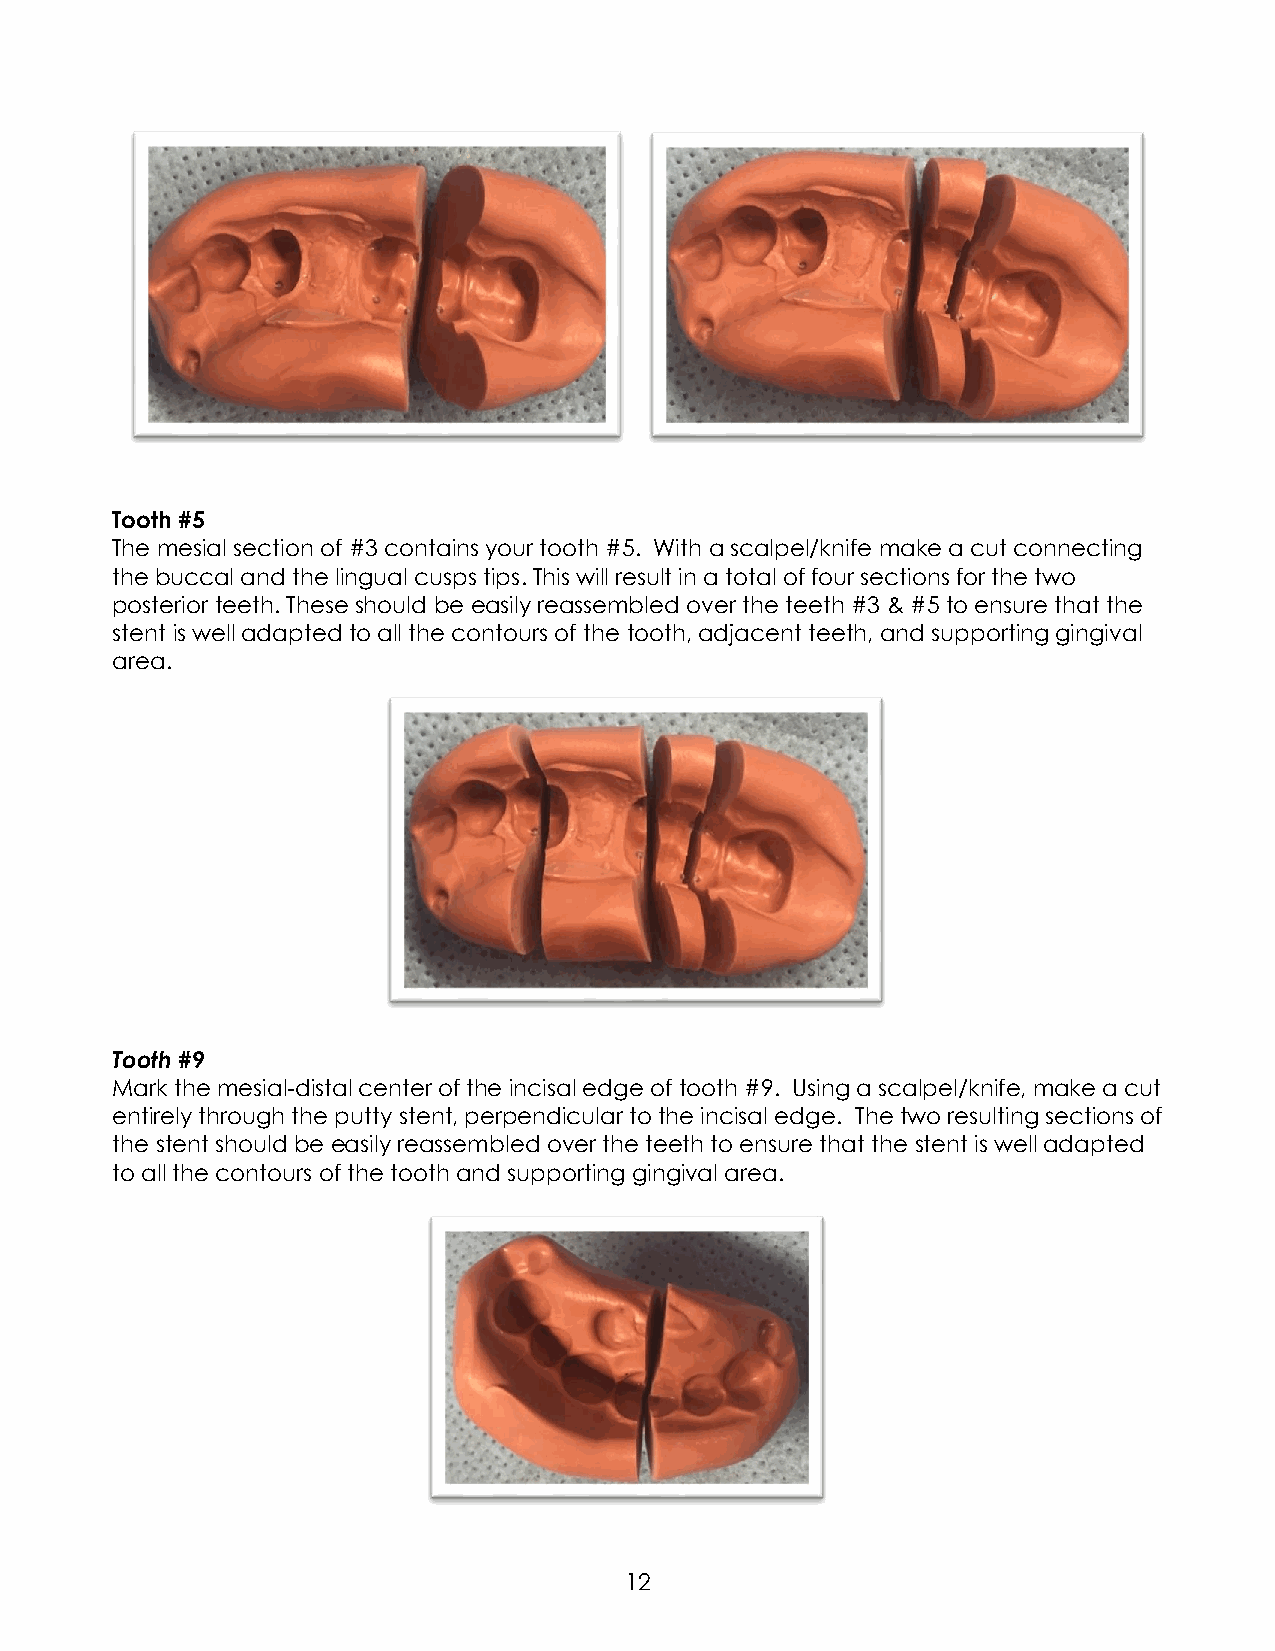
Tooth #5
 The mesial section of #3 contains your tooth #5. With a scalpel/knife make a cut connecting
 the buccal and the lingual cusps tips. This will result in a total of four sections for the two
 posterior teeth. These should be easily reassembled over the teeth #3 & #5 to ensure that the
 stent is well adapted to all the contours of the tooth, adjacent teeth, and supporting gingival
 area.
 Tooth #9
 Mark the mesial-distal center of the incisal edge of tooth #9. Using a scalpel/knife, make a cut
 entirely through the putty stent, perpendicular to the incisal edge. The two resulting sections of
 the stent should be easily reassembled over the teeth to ensure that the stent is well adapted
 to all the contours of the tooth and supporting gingival area.
 12